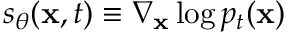
s _ { \theta } ( \mathbf { x } , t ) \equiv \nabla _ { \mathbf { x } } \log p _ { t } ( \mathbf { x } )